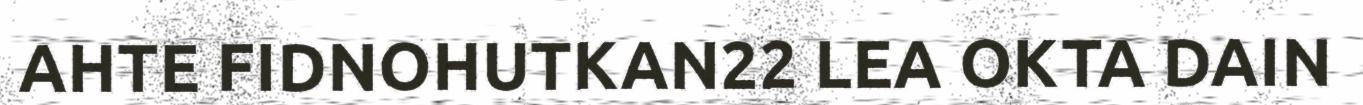
AHTE FIDNOHUTKAN22 LEA OKTA DAIN